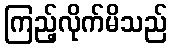
ကြည့်လိုက်မိသည်